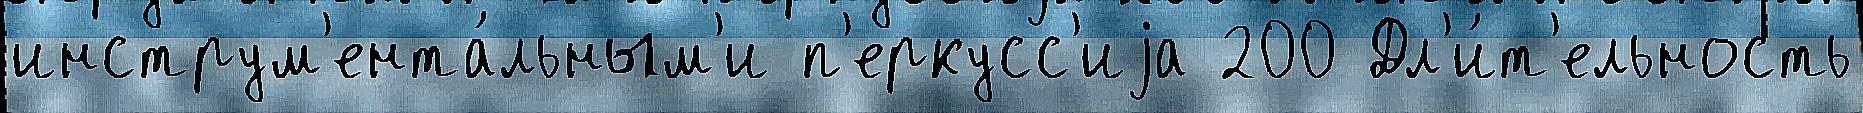
инструм'ента́льным'и п'еркусс'иjа 200 Дл'и́т'ельность